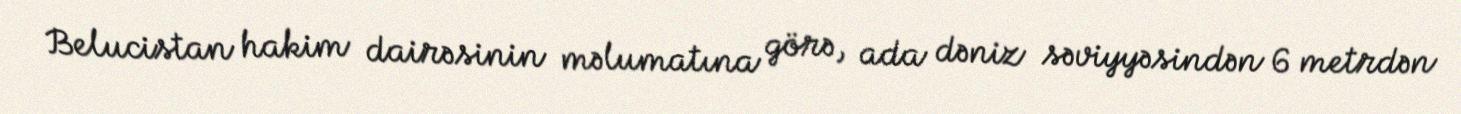
Belucistan hakim dairəsinin məlumatına görə, ada dəniz səviyyəsindən 6 metrdən